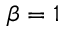
\beta = 1